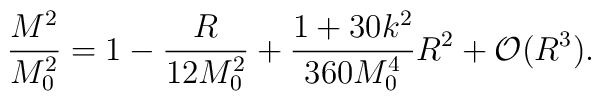
\frac{M^2}{M_0^2} = 1- \frac{R}{12M_0^2} + \frac{1+30k^2}{360 M_0^4} R^2+ {\cal O} (R^3).